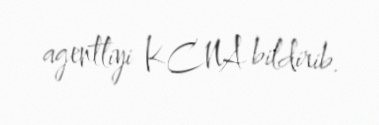
agentliyi KCNA bildirib.